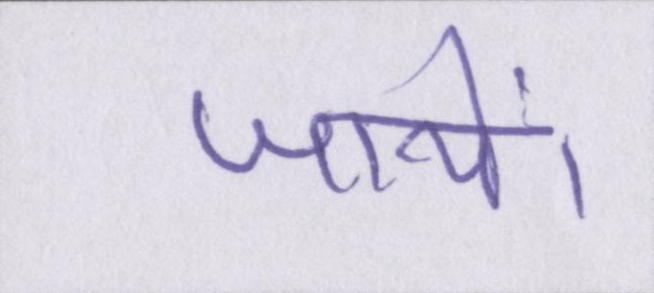
जायें।